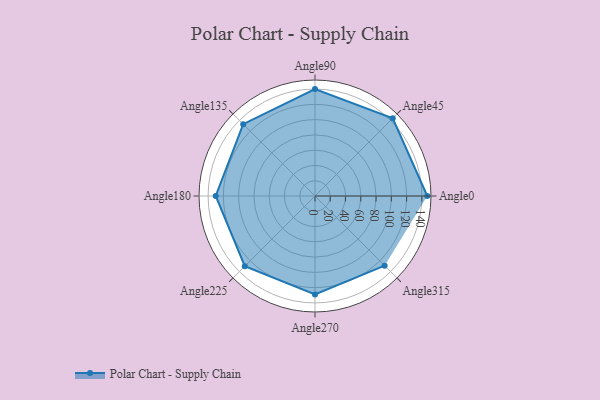
{"axis": {"x": "Angle", "y": "Radius"}, "legend": [""], "data": [{"x": "Angle0", "y": 147.0, "type": ""}, {"x": "Angle45", "y": 144.0, "type": ""}, {"x": "Angle90", "y": 140.0, "type": ""}, {"x": "Angle135", "y": 133.0, "type": ""}, {"x": "Angle180", "y": 130.0, "type": ""}, {"x": "Angle225", "y": 130.0, "type": ""}, {"x": "Angle270", "y": 129.0, "type": ""}, {"x": "Angle315", "y": 129.0, "type": ""}]}